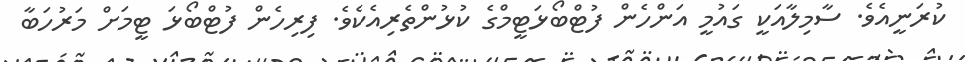
ކުރަނީއެވެ. ސާމިލާއަކީ ގައުމީ އަންހެން ފުޓްބޯޅަޓީމްގެ ކުޅުންތެރިއެކެވެ. ފިރިހެން ފުޓްބޯޅަ ޓީމަށް މަރުހަބާ